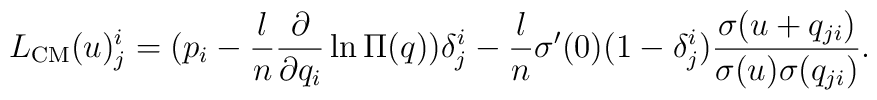
L_{\rm CM}(u)_j^i = (p_i - \frac{l}{n}\frac{\partial}{\partial q_i}\ln\Pi(q))\delta_j^i - \frac{l}{n}\sigma^\prime(0)(1 - \delta_j^i)\frac{\sigma(u + q_{j i})}{\sigma(u) \sigma(q_{j i})}.